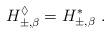
LaTeX: \begin{align*}H^\lozenge_{\pm,\beta}=H^*_{\pm,\beta}\ .\end{align*}